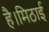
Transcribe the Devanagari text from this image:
है।मिठाई